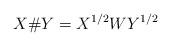
LaTeX: \begin{align*}X\#Y =X^{1/2}WY^{1/2}\end{align*}